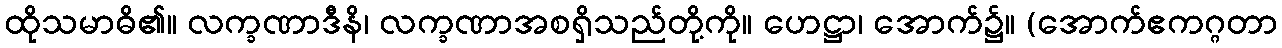
ထိုသမာဓိ၏။ လက္ခဏာဒီနိ၊ လက္ခဏာအစရှိသည်တို့ကို။ ဟေဋ္ဌာ၊ အောက်၌။ (အောက်ဧကဂ္ဂတာ